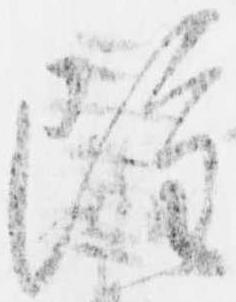
雖